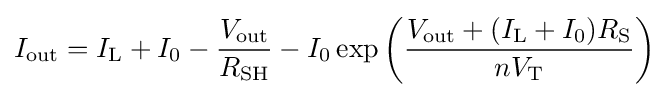
I_{\text{out}}=I_{\text{L}}+I_{0}-{\frac {V_{\text{out}}}{R_{\text{SH}}}}-I_{0}\exp \left({\frac {V_{\text{out}}+(I_{\text{L}}+I_{0})R_{\text{S}}}{nV_{\text{T}}}}\right)